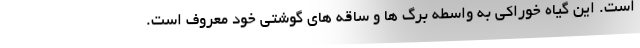
است. این گیاه خوراکی به واسطه برگ ها و ساقه های گوشتی خود معروف است.